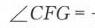
\(\angle CFG =\)